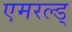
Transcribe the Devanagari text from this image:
एमरल्ड्